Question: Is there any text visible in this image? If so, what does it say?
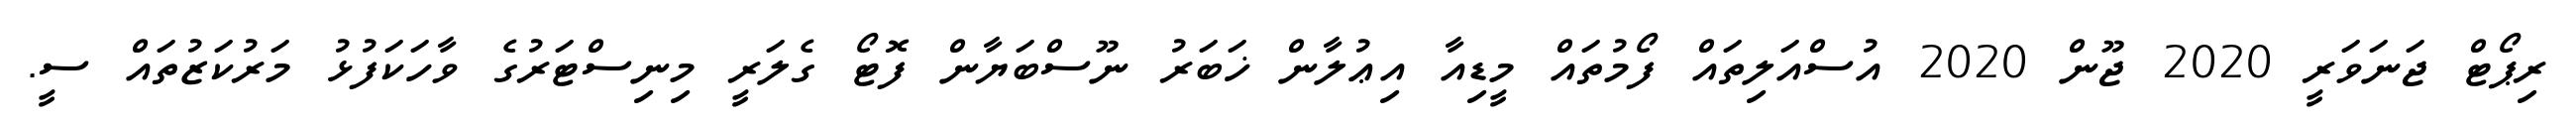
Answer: ރިޕޯޓް ޖަނަވަރީ 2020 ޖޫން 2020 އުސްއަލިތައް ފޯމުތައް މީޑިއާ އިޢުލާން ޚަބަރު ނޫސްބަޔާން ފޮޓޯ ގެލަރީ މިނިސްޓަރުގެ ވާހަކަފުޅު މަރުކަޒުތައް ސީ.